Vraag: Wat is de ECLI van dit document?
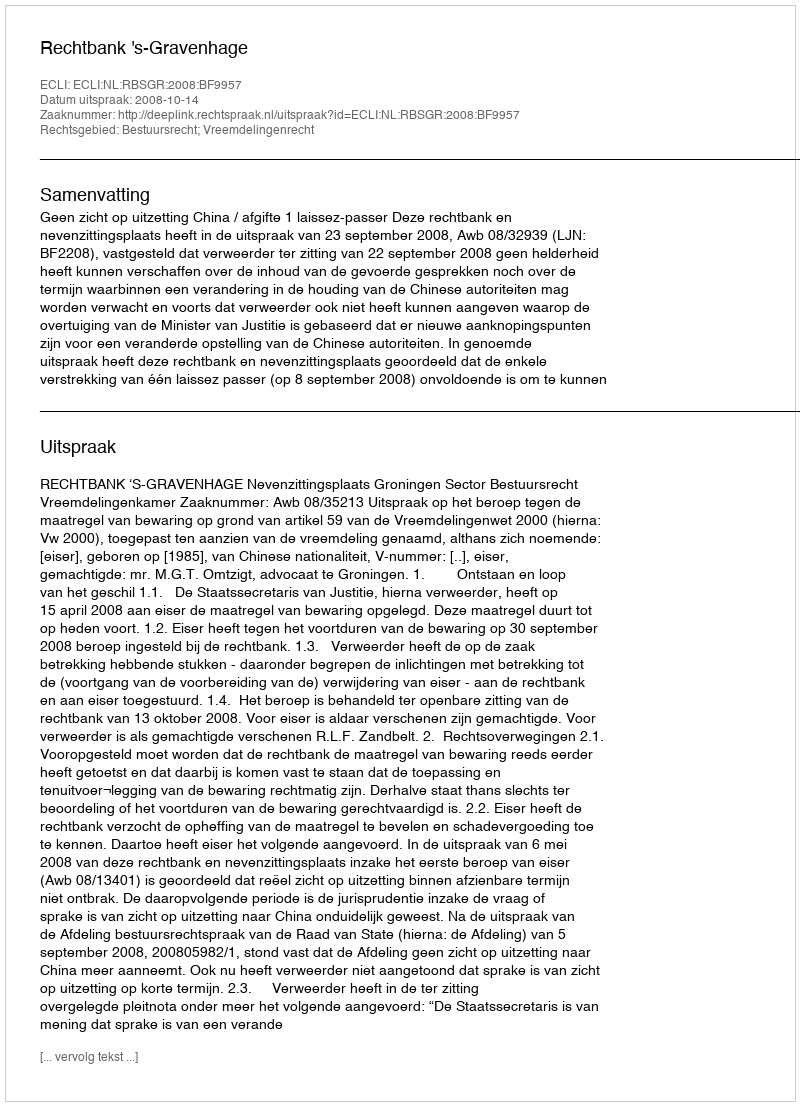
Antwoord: ECLI:NL:RBSGR:2008:BF9957